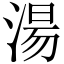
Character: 湯